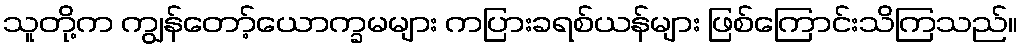
သူတို့က ကျွန်တော့်ယောက္ခမများ ကပြားခရစ်ယန်များ ဖြစ်ကြောင်းသိကြသည်။